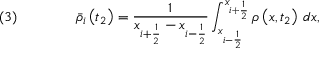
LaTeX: \quad ( 3 ) \qquad \qquad { \bar { \rho } } _ { i } \left( t _ { 2 } \right) = { \frac { 1 } { x _ { i + { \frac { 1 } { 2 } } } - x _ { i - { \frac { 1 } { 2 } } } } } \int _ { x _ { i - { \frac { 1 } { 2 } } } } ^ { x _ { i + { \frac { 1 } { 2 } } } } \rho \left( x , t _ { 2 } \right) \, d x ,